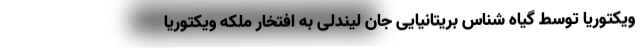
ویکتوریا توسط گیاه شناس بریتانیایی جان لیندلی به افتخار ملکه ویکتوریا